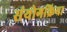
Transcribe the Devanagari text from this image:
संयोगक्रिया